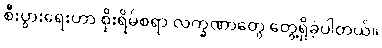
စီးပွားရေးဟာ စိုးရိမ်စရာ လက္ခဏာတွေ တွေ့ရှိခဲ့ပါတယ်။